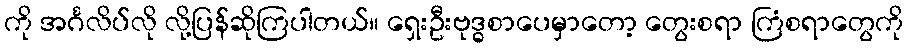
ကို အင်္ဂလိပ်လို လို့ပြန်ဆိုကြပါတယ်။ ရှေးဦးဗုဒ္ဓစာပေမှာတော့ တွေးစရာ ကြံစရာတွေကို